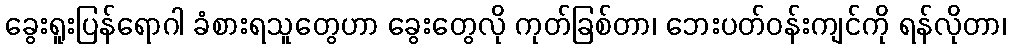
ခွေးရူးပြန်ရောဂါ ခံစားရသူတွေဟာ ခွေးတွေလို ကုတ်ခြစ်တာ၊ ဘေးပတ်ဝန်းကျင်ကို ရန်လိုတာ၊